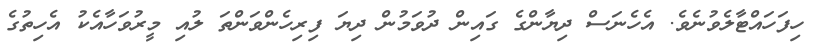
ހިފަހައްޓާލެވުނެވެ. އެެހެނަސް ދިޔާންގެ ގައިން ދުވަމުން ދިޔަ ފިރިހެންވަންތަ ލުއި މީރުވަހާއެކު އެހިތުގެ